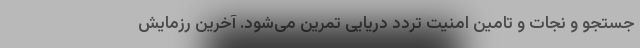
جستجو و نجات و تامین امنیت تردد دریایی تمرین می‌شود. آخرین رزمایش